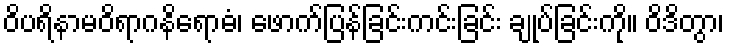
ဝိပရိနာမဝိရာဂနိရောဓံ၊ ဖောက်ပြန်ခြင်းကင်းခြင်း ချုပ်ခြင်းကို။ ဝိဒိတွာ၊